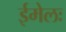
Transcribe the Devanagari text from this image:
ईमेलः